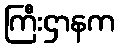
ကြီးဌာနက